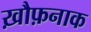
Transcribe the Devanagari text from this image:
ख़ौफ़नाक